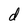
Character: d